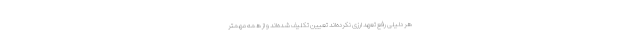
هر دلیلی رفع تعهد ارزی نکرده‌اند تعیین تکلیف شده‌اند و از همه مهمتر